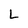
Character: L